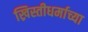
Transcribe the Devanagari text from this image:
ख्रिस्तीधर्माच्या